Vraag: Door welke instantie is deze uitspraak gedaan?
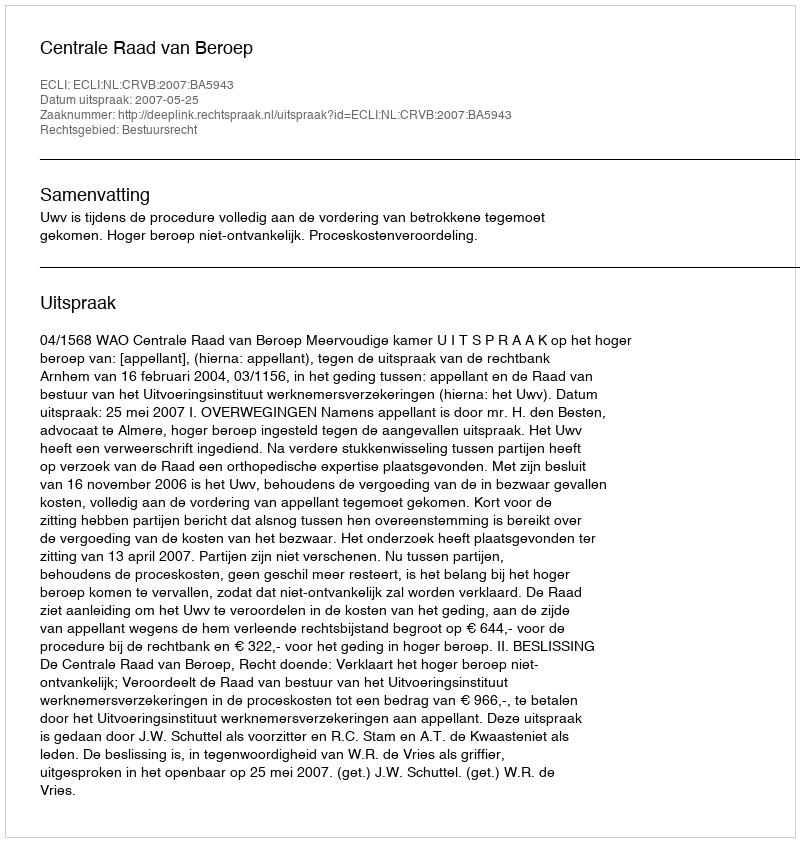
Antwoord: Centrale Raad van Beroep